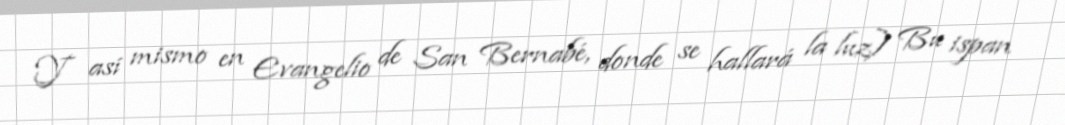
Y así mismo en Evangelio de San Bernabé, donde se hallará la luz) Bu ispan